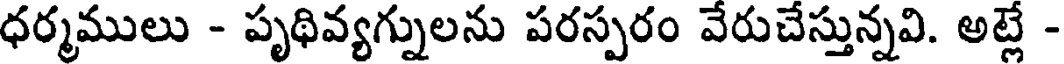
ధర్మములు - పృథివ్యగ్నులను పరస్పరం వేరుచేస్తున్నవి. అట్లే -